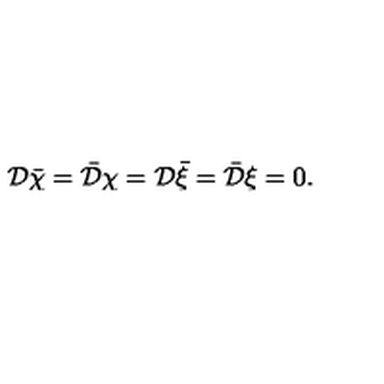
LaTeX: { \cal D } { \bar { \chi } } = { \bar { \cal D } } \chi = { \cal D } { \bar { \xi } } = { \bar { \cal D } } \xi = 0 .